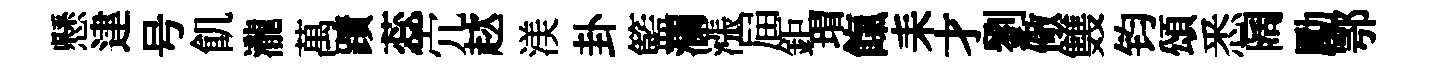
懸䢖号飢瀧萬蹟蕊宂趑渼卦籃瀾漲屇鉅瑁餼耒才劉儆䨇钧頌悉阔勵鄂